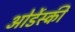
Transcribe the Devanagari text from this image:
ओर्डेस्की